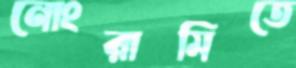
নোংরামিতে